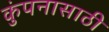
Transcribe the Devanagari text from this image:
कुंपनासाठी